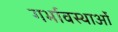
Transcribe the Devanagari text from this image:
गर्भावस्‍थाओं